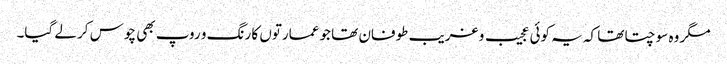
مگر وہ سوچتا تھا کہ یہ کوئی عجیب و غریب طوفان تھا جو عمارتوں کا رنگ و روپ بھی چوس کر لے گیا۔